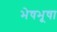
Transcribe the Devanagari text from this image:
भेषभूषा